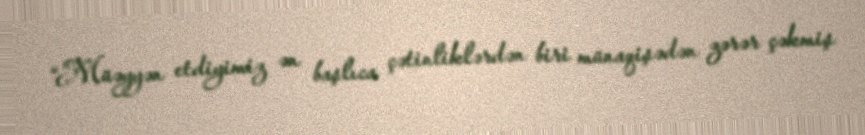
“Müəyyən etdiyimiz ən başlıca çətinliklərdən biri münaqişədən zərər çəkmiş